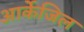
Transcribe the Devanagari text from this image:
आर्केजिल